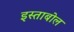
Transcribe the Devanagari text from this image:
इस्ताबोल